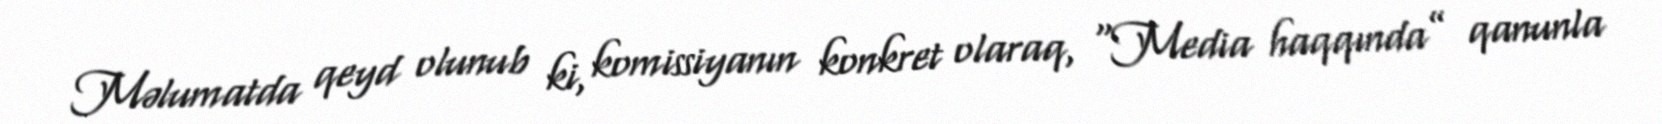
Məlumatda qeyd olunub ki, komissiyanın konkret olaraq, “Media haqqında” qanunla